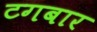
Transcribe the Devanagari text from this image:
टगबार